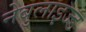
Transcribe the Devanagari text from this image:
नेबुलाइज्ड